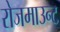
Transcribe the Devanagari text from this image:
रोजमाउन्ट